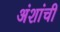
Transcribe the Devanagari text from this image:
अंशांची